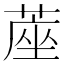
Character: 蓙